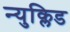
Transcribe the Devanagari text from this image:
न्युक्लिड